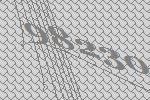
98230